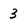
Character: 3